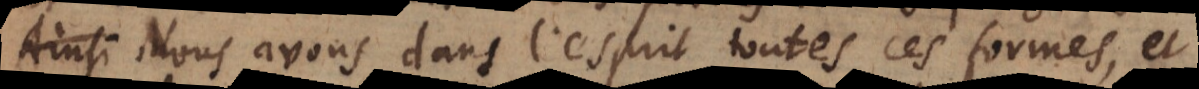
Nous avons dans l’esprit toutes ces formes, et